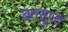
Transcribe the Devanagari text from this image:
बतसूरत